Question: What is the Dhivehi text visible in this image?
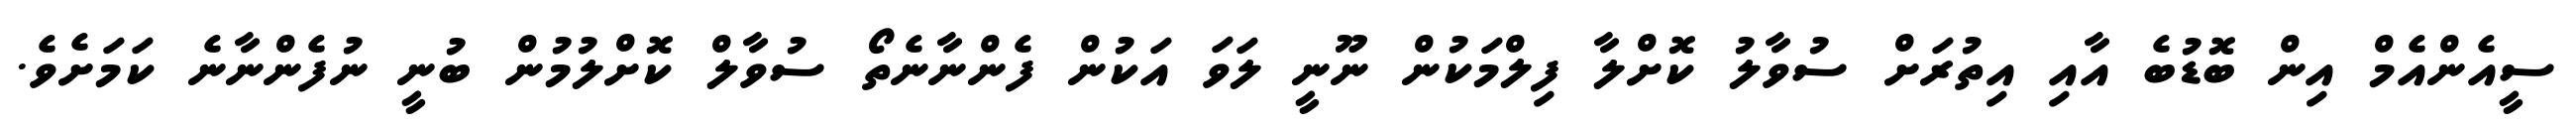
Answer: ސީއެންއެމް އިން ބޮޑުބެ އާއި އިތުރަށް ސުވާލު ކޮށްލާ ފިލްމަކުން ނޫނީ ލަވަ އަކުން ފެންނާނެތޯ ސުވާލް ކޮށްލުމުން ބުނީ ނުފެންނާނެ ކަމަށެވެ.